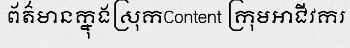
ព័ត៌មានក្នុងស្រុកContent ក្រុមអាជីវករ